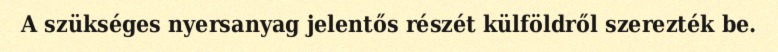
A szükséges nyersanyag jelentős részét külföldről szerezték be.